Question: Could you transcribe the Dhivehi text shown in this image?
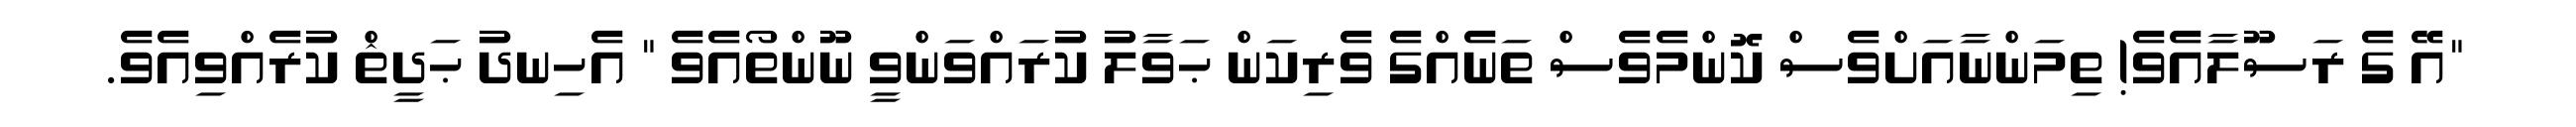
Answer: "އޭ ގެ ރަސޫލާއެވެ! ތިމަންނާއަށްވެސް ކޮންމެވެސް ތަނެއްގެ ވެރިކަން ޙަވާލު ކުރައްވަންވީ ނޫންތޯއެވެ " އެހިނދު ޙަދީޘް ކުރެއްވިއެވެ.